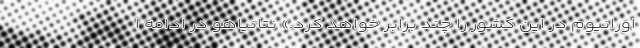
اورانیوم در این کشور را چند برابر خواهد کرد.» نتانیاهو در ادامه ا